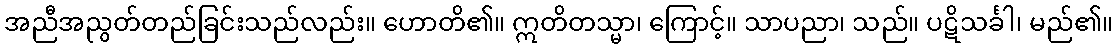
အညီအညွတ်တည်ခြင်းသည်လည်း။ ဟောတိ၏။ ဣတိတသ္မာ၊ ကြောင့်။ သာပညာ၊ သည်။ ပဋိသင်္ခါ၊ မည်၏။